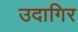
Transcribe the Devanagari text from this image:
उदागिर